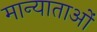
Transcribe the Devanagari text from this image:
मान्याताओं